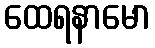
ထေရနာမော